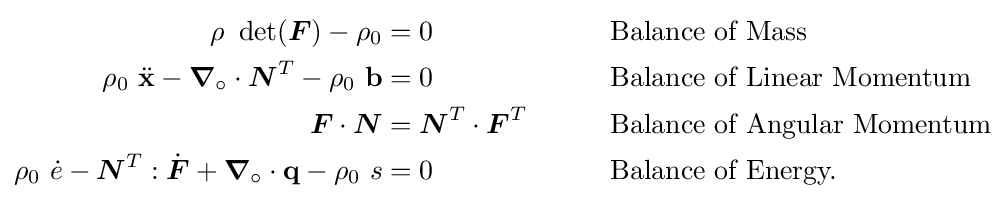
{\begin{aligned}\rho ~\det({\boldsymbol {F}})-\rho _{0}&=0&&\qquad {\text{Balance of Mass}}\\\rho _{0}~{\ddot {\mathbf {x} }}-{\boldsymbol {\nabla }}_{\circ }\cdot {\boldsymbol {N}}^{T}-\rho _{0}~\mathbf {b} &=0&&\qquad {\text{Balance of Linear Momentum}}\\{\boldsymbol {F}}\cdot {\boldsymbol {N}}&={\boldsymbol {N}}^{T}\cdot {\boldsymbol {F}}^{T}&&\qquad {\text{Balance of Angular Momentum}}\\\rho _{0}~{\dot {e}}-{\boldsymbol {N}}^{T}:{\dot {\boldsymbol {F}}}+{\boldsymbol {\nabla }}_{\circ }\cdot \mathbf {q} -\rho _{0}~s&=0&&\qquad {\text{Balance of Energy.}}\end{aligned}}